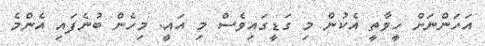
އަހަންނަށް ހީވާތީ އެކުން މި ގަޑީގައިވެސް މި އައީ. މިހެން ބުނެފައި އެންމެ